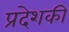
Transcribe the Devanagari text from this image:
प्रदेशकी